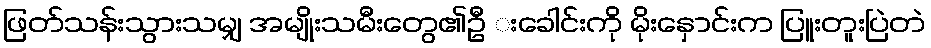
ဖြတ်သန်းသွားသမျှ အမျိုးသမီးတွေ၏ဦ းခေါင်းကို မိုးနှောင်းက ပြူးတူးပြဲတဲ